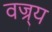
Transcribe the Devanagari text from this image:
वज्र्य